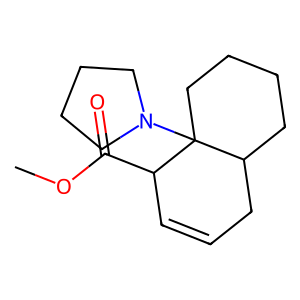
SMILES: COC(=O)C1C=CCC2CCCCC21N1CCCC1
Inhibits HIV replication: No